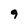
Character: 9